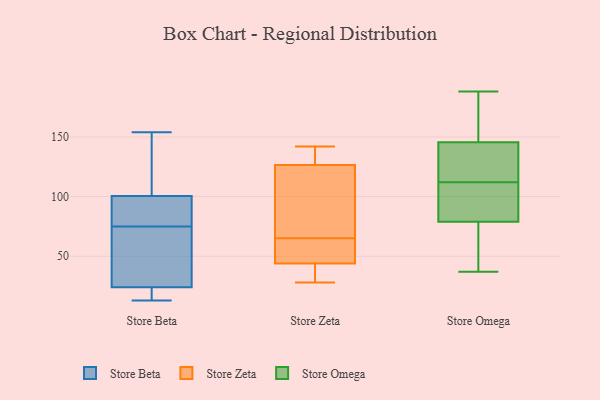
{"axis": {"x": "Page Views", "y": "Value"}, "legend": ["Store Beta", "Store Omega", "Store Zeta"], "data": [{"x": "", "y": 18, "type": "Store Beta"}, {"x": "", "y": 75, "type": "Store Beta"}, {"x": "", "y": 13, "type": "Store Beta"}, {"x": "", "y": 106, "type": "Store Beta"}, {"x": "", "y": 84, "type": "Store Beta"}, {"x": "", "y": 42, "type": "Store Beta"}, {"x": "", "y": 140, "type": "Store Beta"}, {"x": "", "y": 154, "type": "Store Beta"}, {"x": "", "y": 15, "type": "Store Beta"}, {"x": "", "y": 45, "type": "Store Beta"}, {"x": "", "y": 84, "type": "Store Beta"}, {"x": "", "y": 34, "type": "Store Zeta"}, {"x": "", "y": 141, "type": "Store Zeta"}, {"x": "", "y": 33, "type": "Store Zeta"}, {"x": "", "y": 55, "type": "Store Zeta"}, {"x": "", "y": 100, "type": "Store Zeta"}, {"x": "", "y": 117, "type": "Store Zeta"}, {"x": "", "y": 136, "type": "Store Zeta"}, {"x": "", "y": 60, "type": "Store Zeta"}, {"x": "", "y": 54, "type": "Store Zeta"}, {"x": "", "y": 28, "type": "Store Zeta"}, {"x": "", "y": 142, "type": "Store Zeta"}, {"x": "", "y": 70, "type": "Store Zeta"}, {"x": "", "y": 70, "type": "Store Omega"}, {"x": "", "y": 37, "type": "Store Omega"}, {"x": "", "y": 59, "type": "Store Omega"}, {"x": "", "y": 188, "type": "Store Omega"}, {"x": "", "y": 141, "type": "Store Omega"}, {"x": "", "y": 82, "type": "Store Omega"}, {"x": "", "y": 95, "type": "Store Omega"}, {"x": "", "y": 159, "type": "Store Omega"}, {"x": "", "y": 116, "type": "Store Omega"}, {"x": "", "y": 89, "type": "Store Omega"}, {"x": "", "y": 123, "type": "Store Omega"}, {"x": "", "y": 188, "type": "Store Omega"}, {"x": "", "y": 112, "type": "Store Omega"}]}